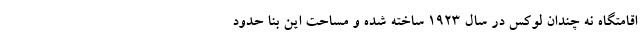
اقامتگاه نه چندان لوکس در سال ۱۹۲۳ ساخته شده و مساحت این بنا حدود